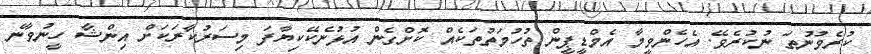
ކުރެވުނުތަ ނުކުރެވޭ. އެހެންވީމާ އެމްޑީޕީން ތުހުމަތުތަކެއް ކޮށްގެން އުޅުނެކޭކިޔާފަ މިސަރުކާރަކަށް އިންޝާ ހީނުވާނެ